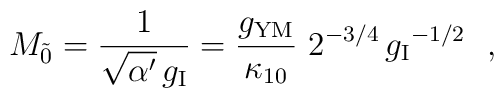
M_{\tilde 0} =  \frac{1}{\sqrt{\alpha'}\,g_{\rm I}}=\frac{g_{\rm YM}}{\kappa_{10}}~{2^{-3/4}\,{g_{\rm I}}^{-1/2}}~~,